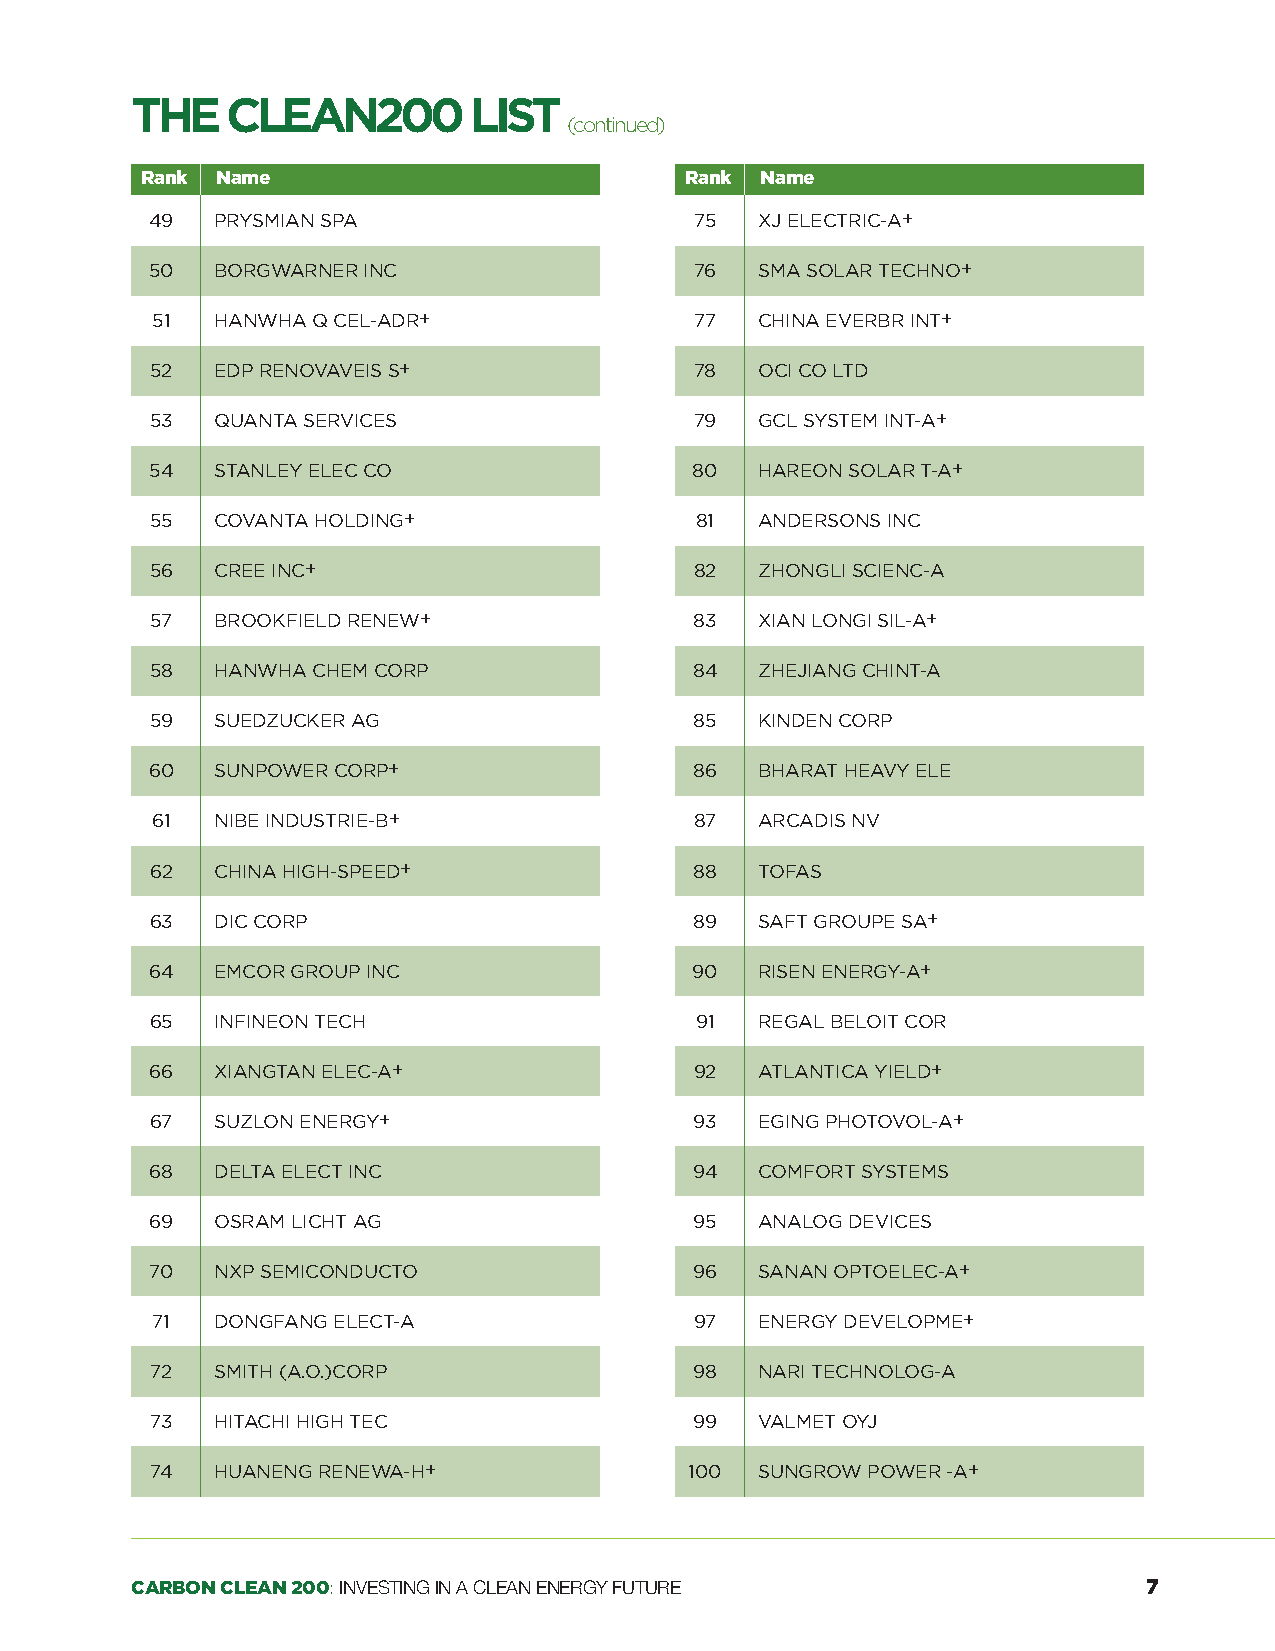
THE   CLEAN200        LIST
 (continued)
 Rank Name                           Rank Name
 49  PRYSMIAN SPA                    75  XJ ELECTRIC-A+
 50  BORGWARNER INC                  76  SMA SOLAR TECHNO+
 51  HANWHA Q CEL-ADR+               77  CHINA EVERBR INT+
 52  EDP RENOVAVEIS S+               78  OCI CO LTD
 53  QUANTA SERVICES                 79  GCL SYSTEM INT-A+
 54  STANLEY ELEC CO                 80  HAREON SOLAR T-A+
 55  COVANTA HOLDING+                81  ANDERSONS INC
 56  CREE INC+                       82  ZHONGLI SCIENC-A
 57  BROOKFIELD RENEW+               83  XIAN LONGI SIL-A+
 58  HANWHA CHEM CORP                84  ZHEJIANG CHINT-A
 59  SUEDZUCKER AG                   85  KINDEN CORP
 60  SUNPOWER CORP+                  86  BHARAT HEAVY ELE
 61  NIBE INDUSTRIE-B+               87  ARCADIS NV
 62  CHINA HIGH-SPEED+               88  TOFAS
 63  DIC CORP                        89  SAFT GROUPE SA+
 64  EMCOR GROUP INC                 90  RISEN ENERGY-A+
 65  INFINEON TECH                   91  REGAL BELOIT COR
 66  XIANGTAN ELEC-A+                92  ATLANTICA YIELD+
 67  SUZLON ENERGY+                  93  EGING PHOTOVOL-A+
 68  DELTA ELECT INC                 94  COMFORT SYSTEMS
 69  OSRAM LICHT AG                  95  ANALOG DEVICES
 70  NXP SEMICONDUCTO                96  SANAN OPTOELEC-A+
 71  DONGFANG ELECT-A                97  ENERGY DEVELOPME+
 72  SMITH (A.O.)CORP                98  NARI TECHNOLOG-A
 73  HITACHI HIGH TEC                99  VALMET OYJ
 74  HUANENG RENEWA-H+               100 SUNGROW POWER -A+
 CARBON CLEAN 200:INvESTING IN A CLEAN ENERGY FUTURE                7